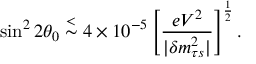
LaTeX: \sin ^ { 2 } 2 \theta _ { 0 } \stackrel { < } { \sim } 4 \times 1 0 ^ { - 5 } \left[ { \frac { e V ^ { 2 } } { | \delta m _ { \tau s } ^ { 2 } | } } \right] ^ { \frac { 1 } { 2 } } .